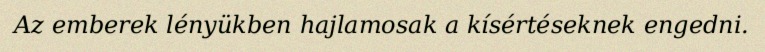
Az emberek lényükben hajlamosak a kísértéseknek engedni.